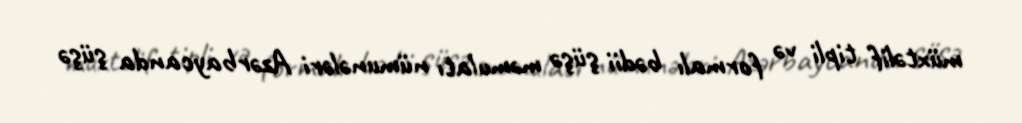
müxtəlif tipli və formalı bədii şüşə məmulatı nümunələri Azərbaycanda şüşə